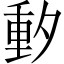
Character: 𬪼